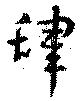
肆